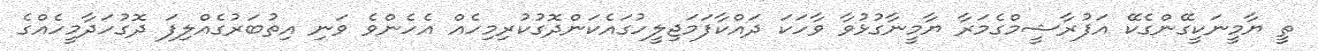
ތީ ޔާމީނަކީގޭންގެކޭ އަފުރާޝީމްގެމަރާ ޔާމީނާގުޅުވާ ވާހަކަ ދައްކާފަމަޖިލީހުގައެކަންދޮގުކުރިމިހެއް އެހެންވެ ވަނި އިތުބަރުގެއްލިފަ ދޮގުހަދާމީހެއްގެ